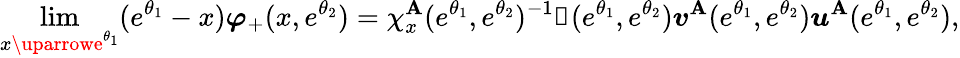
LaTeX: \operatorname*{lim}_{x\uparrowe^{\theta_{1}}}(e^{\theta_{1}}-x)\boldsymbol{\varphi}_{+}(x,e^{\theta_{2}})=\chi_{x}^{\mathbf{A}}(e^{\theta_{1}},e^{\theta_{2}})^{-1}\boldsymbol{\mathscr{G}}(e^{\theta_{1}},e^{\theta_{2}})\boldsymbol{v}^{\mathbf{A}}(e^{\theta_{1}},e^{\theta_{2}})\boldsymbol{u}^{\mathbf{A}}(e^{\theta_{1}},e^{\theta_{2}}),